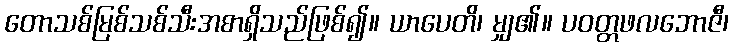
တောသစ်မြစ်သစ်သီးအစာရှိသည်ဖြစ်၍။ ယာပေတိ၊ မျှ၏။ ပဝတ္တဖလဘောဇီ၊